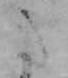
た